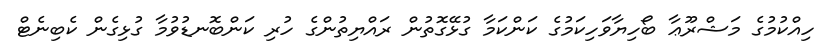
ހިއްކުމުގެ މަޝްރޫޢާ ބޯހިޔާވަހިކަމުގެ ކަންކަމާ ގުޅޭގޮތުން ރައްޔިތުންގެ ހުރި ކަންބޮނޑުވުމާ ގުޅިގެން ކެބިނެޓް